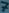
Text: 7